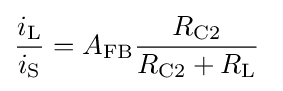
{\frac {i_{\mathrm {L} }}{i_{\mathrm {S} }}}=A_{\mathrm {FB} }{\frac {R_{\mathrm {C2} }}{R_{\mathrm {C2} }+R_{\mathrm {L} }}}\